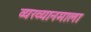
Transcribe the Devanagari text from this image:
व्यख्यानमाला